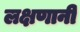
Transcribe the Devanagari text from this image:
लक्षणानी